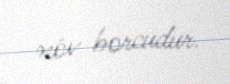
növ borcudur.